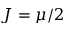
J = \mu / 2